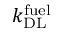
k _ { \mathrm { D L } } ^ { \mathrm { f u e l } }